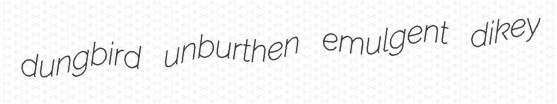
dungbird unburthen emulgent dikey